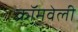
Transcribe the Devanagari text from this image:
क्रॉमवेली